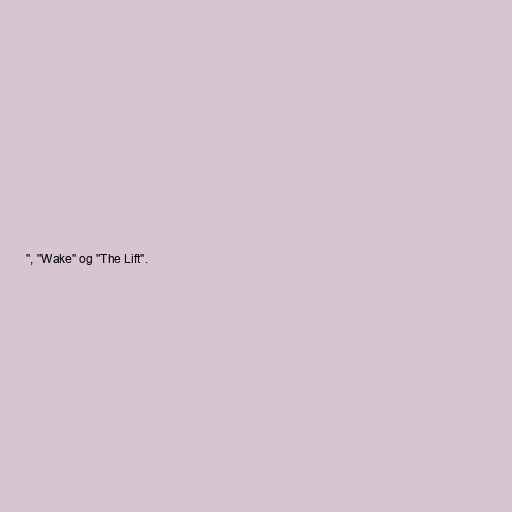
", "Wake" og "The Lift".